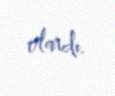
olardı.